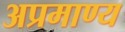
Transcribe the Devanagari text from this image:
अप्रमाण्य